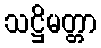
သဋ္ဌိမတ္တာ